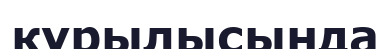
кұрылысында